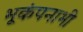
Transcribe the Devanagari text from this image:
भूकंपनाभी